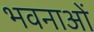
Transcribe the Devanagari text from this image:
भवनाओं